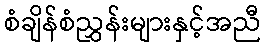
စံချိန်စံညွှန်းများနှင့်အညီ